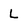
Character: L